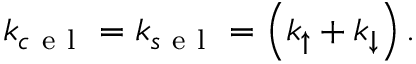
\begin{array} { r } { k _ { c \mathrm { ~ e ~ l ~ } } = k _ { s \mathrm { ~ e ~ l ~ } } = \left( k _ { \uparrow } + k _ { \downarrow } \right) . } \end{array}